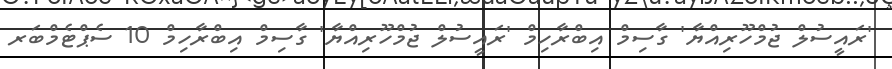
'ރައީސުލް ޖުމްހޫރިއްޔާ' ގާސިމް އިބްރާހިމް 'ރައީސުލް ޖުމްހޫރިއްޔާ' ގާސިމް އިބްރާހިމް 10 ސެޕްޓެމްބަރ